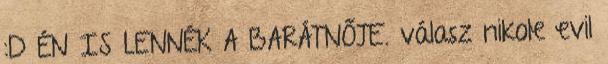
:D ÉN IS LENNÉK A BARÁTNŐJE. válasz nikole evil